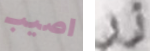
اصيب زر